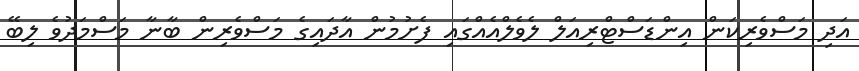
އަދި މަސްވެރިކަން އިންޑަސްޓްރިއަލް ލެވެލްއެއްގައި ފެށުމުން އާދައިގެ މަސްވެރިން ބާނާ މަސްމަދުވެ ލިބޭ